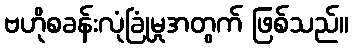
ဗဟိုစခန်းလုံခြုံမှုအတွက် ဖြစ်သည်။